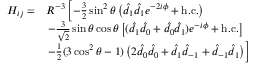
\begin{array} { r l } { H _ { i j } = } & { R ^ { - 3 } \left[ - \frac { 3 } { 2 } \sin ^ { 2 } \theta \left( \hat { d } _ { 1 } \hat { d } _ { 1 } e ^ { - 2 i \phi } + \mathrm { h . c . } \right) \right. } \\ & { \left. - \frac { 3 } { \sqrt { 2 } } \sin \theta \cos \theta \left[ ( \hat { d } _ { 1 } \hat { d } _ { 0 } + \hat { d } _ { 0 } \hat { d } _ { 1 } ) e ^ { - i \phi } + \mathrm { h . c . } \right] \right. } \\ & { \left. - \frac { 1 } { 2 } ( 3 \cos ^ { 2 } \theta - 1 ) \left( 2 \hat { d } _ { 0 } \hat { d } _ { 0 } + \hat { d } _ { 1 } \hat { d } _ { - 1 } + \hat { d } _ { - 1 } \hat { d } _ { 1 } \right) \right] } \end{array}